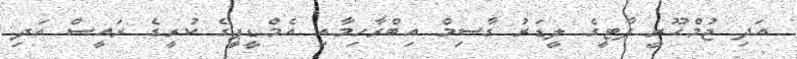
އަދި ޖުމްހޫރީ ޕާޓީގެ ލީޑަރު ގާސިމް އިބްރާހިމާއި އެމްޑީޕީގެ ކުރީގެ ރައީސް އަދި